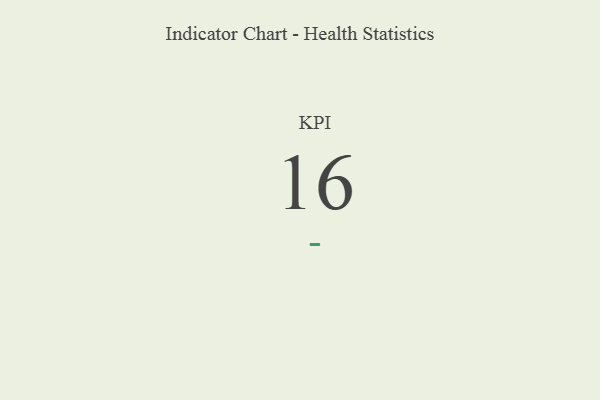
{"axis": {"x": "KPI", "y": "Value"}, "legend": [""], "data": [{"x": "KPI", "y": 16, "type": ""}]}